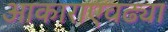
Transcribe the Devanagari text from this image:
आकाराएवढ्या